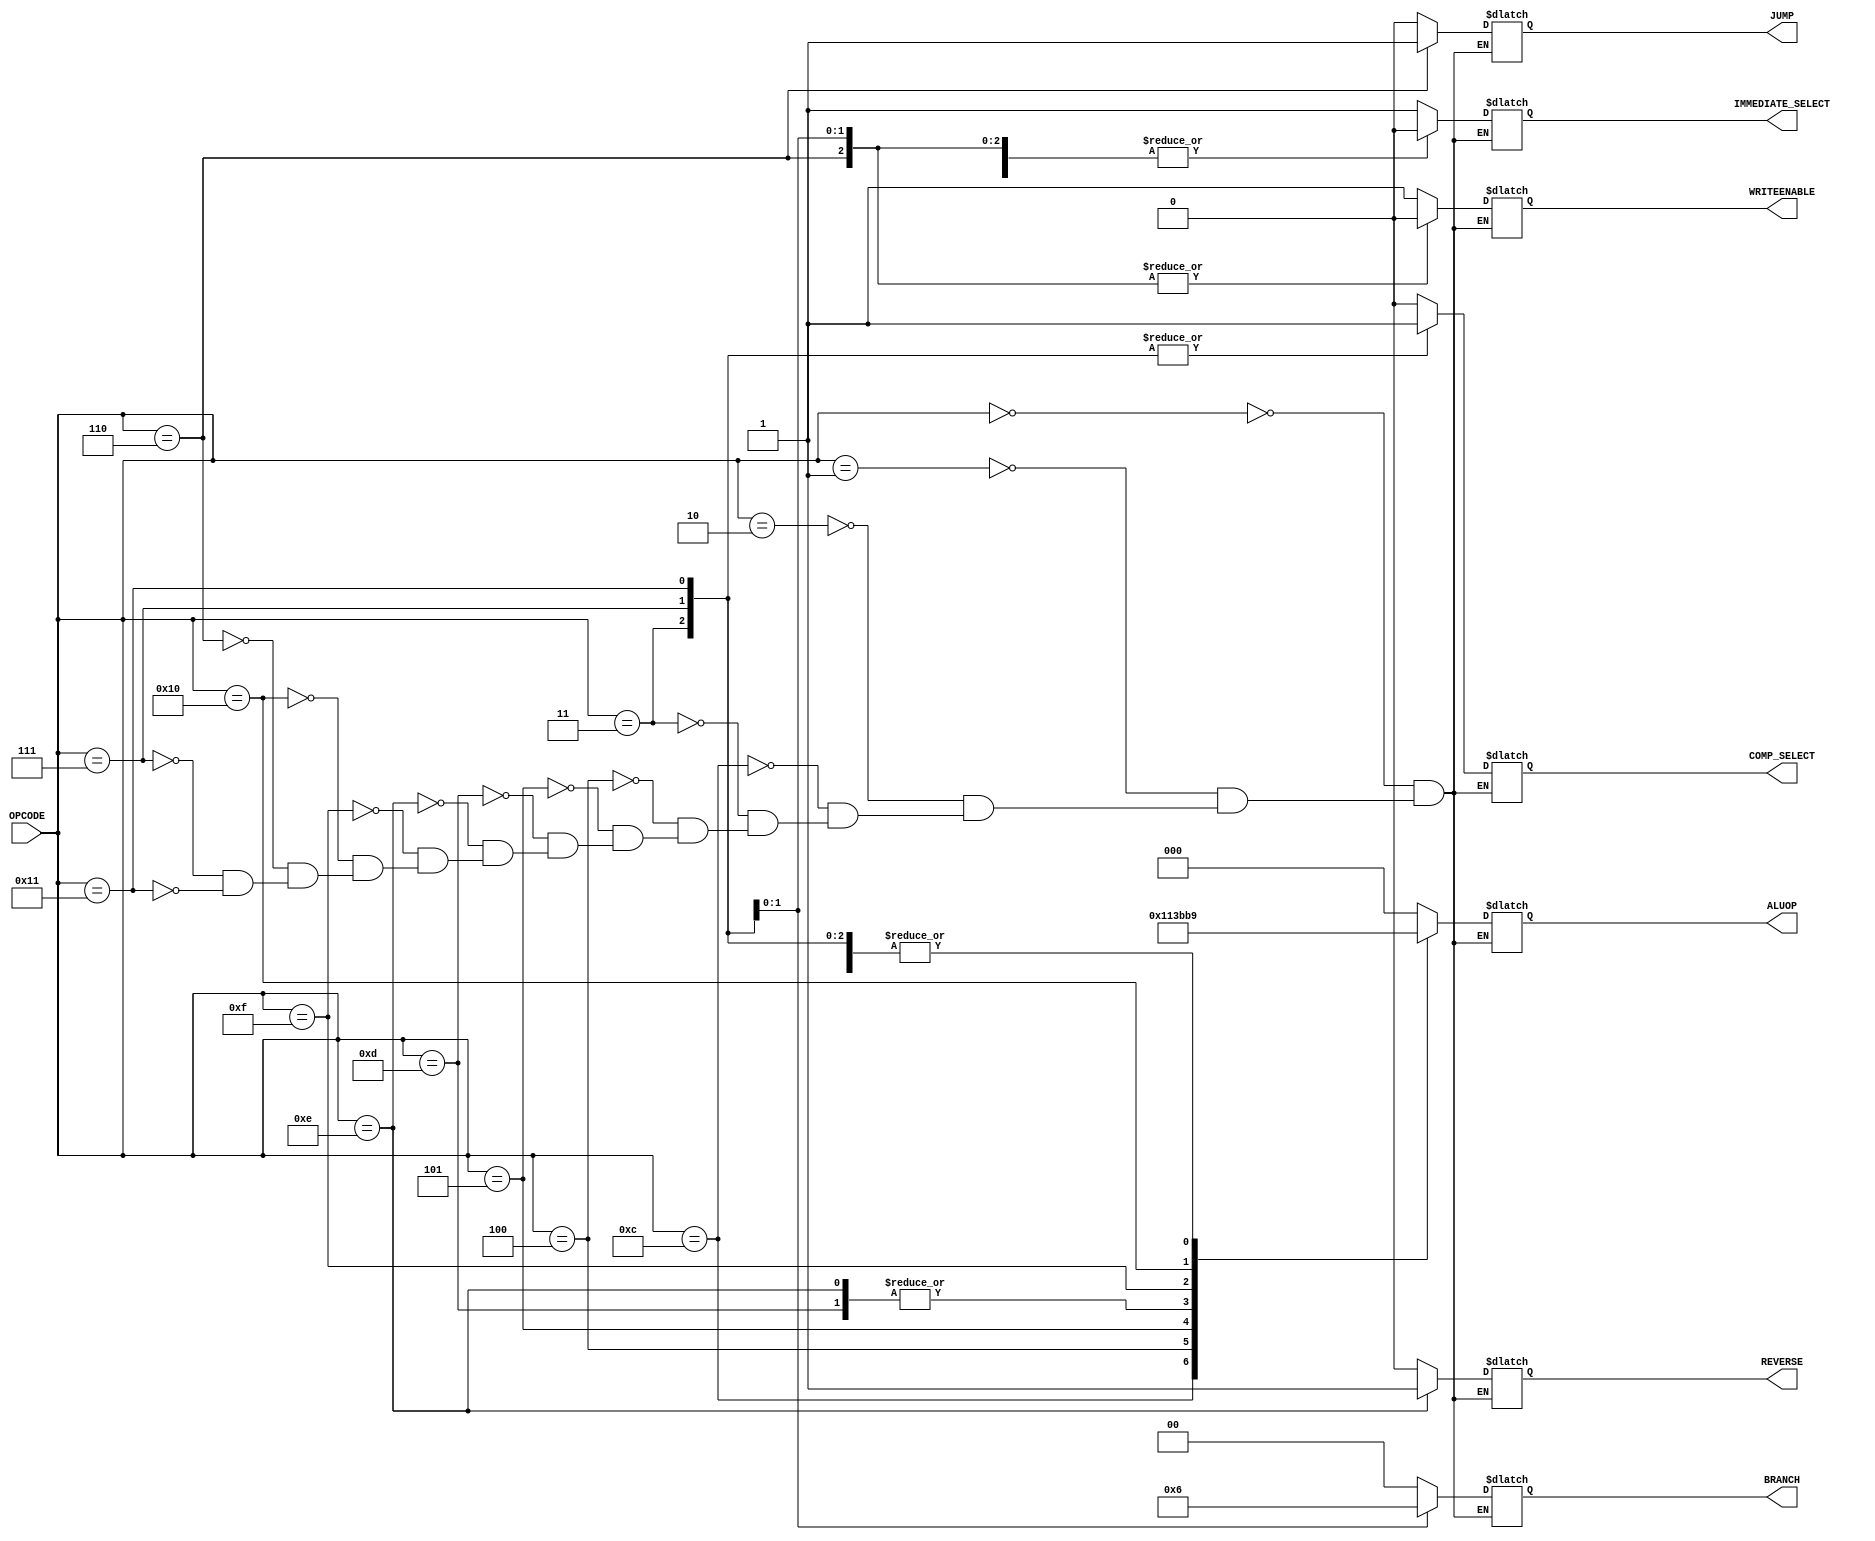
// CO224 - Lab05 PART-3
// GROUP - 11

// Control Unit
// To decode the OpCode and make the control signals

module control_unit(OPCODE, WRITEENABLE, COMP_SELECT, IMMEDIATE_SELECT, JUMP, BRANCH, ALUOP, REVERSE);

    // declaration of input output retisters
    input [7:0] OPCODE;
    output reg WRITEENABLE, COMP_SELECT, IMMEDIATE_SELECT, JUMP, REVERSE;//control signal
    output reg [1:0] BRANCH;
    output reg [2:0] ALUOP;// control signal for ALU (2 bit signal)

    always @(OPCODE) begin 

        // delay of the dedcoding
        #1
        //enabling the control signals according to the OPCODE
        case (OPCODE)
        // loadi - load the register with the given immediate value 
            8'b0000_0000: begin
                WRITEENABLE = 1'b1;// control signal to write to the register
                COMP_SELECT = 1'b0;
                IMMEDIATE_SELECT = 1'b1;// immediate number select
                ALUOP = 3'b000;// select forward result from ALU
                JUMP = 1'b0; // jump
                BRANCH = 2'b00; // branch
                REVERSE = 1'b0; // shift right signal(reverse signal)
            end

            //mov - copy a value in a register to another register
            8'b0000_0001: begin
                WRITEENABLE = 1'b1;
                COMP_SELECT = 1'b0;
                IMMEDIATE_SELECT = 1'b0;
                ALUOP = 3'b000;
                JUMP = 1'b0;
                BRANCH = 2'b00; // branch
                REVERSE = 1'b0; // shift right signal(reverse signal)
            end

            // add - add 2 register values and write the result to another register
            8'b0000_0010: begin
                WRITEENABLE = 1'b1;
                COMP_SELECT = 1'b0;
                IMMEDIATE_SELECT = 1'b0;
                ALUOP = 3'b001;//select add result from alu
                JUMP = 1'b0;
                BRANCH = 2'b00; // branch
                REVERSE = 1'b0; // shift right signal(reverse signal)
            end

            // mult - mult 2 register values and write the result to another register
            8'b0000_1100: begin
                WRITEENABLE = 1'b1;
                COMP_SELECT = 1'b0;
                IMMEDIATE_SELECT = 1'b0;
                ALUOP = 3'b100; // select mult result from alu
                JUMP = 1'b0;
                BRANCH = 2'b00; // branch
                REVERSE = 1'b0; // shift right signal(reverse signal)
            end

            // sub - subtract 2 reg values and write the result to another register
            8'b0000_0011: begin
                WRITEENABLE = 1'b1;
                COMP_SELECT = 1'b1;
                IMMEDIATE_SELECT = 1'b0;// 2s complement enables(input for aku module is 2's complemented)
                ALUOP = 3'b001;// select add from ALU
                JUMP = 1'b0;
                BRANCH = 2'b00; // branch
                REVERSE = 1'b0; // shift right signal(reverse signal)
            end

            // and - bitwise AND of 2 reg values
            8'b0000_0100: begin
                WRITEENABLE = 1'b1;
                COMP_SELECT = 1'b0;
                IMMEDIATE_SELECT = 1'b0;
                ALUOP = 3'b010;// select and result form alu
                JUMP = 1'b0;
                BRANCH = 2'b00; // branch
                REVERSE = 1'b0; // shift right signal(reverse signal)
            end

            // or - bitwise OR of 2 reg values
            8'b0000_0101: begin
                WRITEENABLE = 1'b1;
                COMP_SELECT = 1'b0; 
                IMMEDIATE_SELECT = 1'b0;
                ALUOP = 3'b011;// select or result from ALU
                JUMP = 1'b0;
                BRANCH = 2'b00; // branch
                REVERSE = 1'b0; // shift right signal(reverse signal)
            end


            // sll - logical shift left a reg velue
            8'b0000_1101: begin
                WRITEENABLE = 1'b1;
                COMP_SELECT = 1'b0; 
                IMMEDIATE_SELECT = 1'b1;
                ALUOP = 3'b101;     // select or result from ALU
                JUMP = 1'b0;
                BRANCH = 2'b00; // branch
                REVERSE = 1'b0; // shift right signal(reverse signal)
            end

            // srl - logical shift left a reg velue
            8'b0000_1110: begin
                WRITEENABLE = 1'b1;
                COMP_SELECT = 1'b0; 
                IMMEDIATE_SELECT = 1'b1;
                ALUOP = 3'b101;     // select or result from ALU
                JUMP = 1'b0;
                BRANCH = 2'b00; // branch
                REVERSE = 1'b1; // shift right signal(reverse signal)
            end

            // sra - arithmetic shift right a reg velue
            8'b0000_1111: begin
                WRITEENABLE = 1'b1;
                COMP_SELECT = 1'b0; 
                IMMEDIATE_SELECT = 1'b1;
                ALUOP = 3'b110;     // select or result from ALU
                JUMP = 1'b0;
                BRANCH = 2'b00; // branch
                REVERSE = 1'b0; // shift right signal(reverse signal)
            end

            // ror - arithmetic shift right a reg velue
            8'b0001_0000: begin
                WRITEENABLE = 1'b1;
                COMP_SELECT = 1'b0; 
                IMMEDIATE_SELECT = 1'b1;
                ALUOP = 3'b111;     // select or result from ALU
                JUMP = 1'b0;
                BRANCH = 2'b00; // branch
                REVERSE = 1'b0; // shift right signal(reverse signal)
            end

            // j - jump instruction relative to the next instruction to execute
            8'b0000_0110: begin
                WRITEENABLE = 1'b0;
                COMP_SELECT = 1'b0;
                IMMEDIATE_SELECT = 1'b0;
                ALUOP = 3'b000;
                JUMP = 1'b1; // jump is enable
                BRANCH = 2'b00; // branch
                REVERSE = 1'b0; // shift right signal(reverse signal)
            end
            
            // beq - branch if reg values are eqaul
            8'b0000_0111: begin
                WRITEENABLE = 1'b0;
                COMP_SELECT = 1'b1;
                IMMEDIATE_SELECT = 1'b0;
                ALUOP = 3'b001;
                JUMP = 1'b0; // jump is disable
                BRANCH = 2'b01; // branch
                REVERSE = 1'b0; // shift right signal(reverse signal)
            end

            // bne - branch if reg values are eqaul
            8'b0001_0001: begin
                WRITEENABLE = 1'b0;
                COMP_SELECT = 1'b1;
                IMMEDIATE_SELECT = 1'b0;
                ALUOP = 3'b001;
                JUMP = 1'b0; // jump is disable
                BRANCH = 2'b10; // branch
                REVERSE = 1'b0; // shift right signal(reverse signal)
            end
            
        endcase
                
    end

endmodule